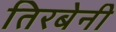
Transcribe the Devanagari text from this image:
तिरबेनी